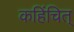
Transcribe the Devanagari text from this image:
कहिंचित्‌